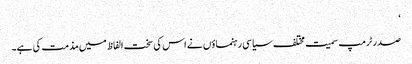
‘
صدر ٹرمپ سمیت مختلف سیاسی رہنماؤں نے اس کی سخت الفاظ میں مذمت کی ہے۔